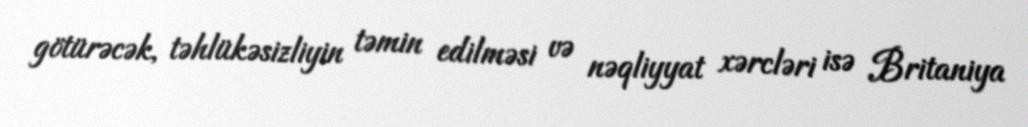
götürəcək, təhlükəsizliyin təmin edilməsi və nəqliyyat xərcləri isə Britaniya